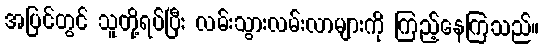
အပြင်တွင် သူတို့ရပ်ပြီး လမ်းသွားလမ်းလာများကို ကြည့်နေကြသည်။